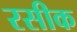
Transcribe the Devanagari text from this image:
रसीक